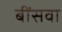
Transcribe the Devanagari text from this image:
बींसवा